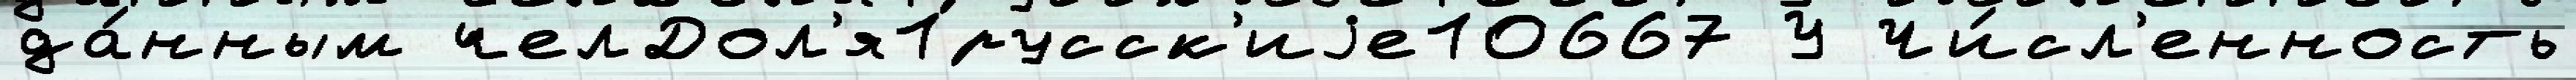
да́нным челДол'я1русск'иjе10667 У Чи́сл'енность